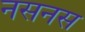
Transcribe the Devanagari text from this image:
नसनस